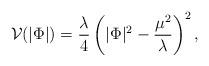
LaTeX: \begin{align*}{\cal V}(|\Phi|)={\lambda\over 4}\left(|\Phi |^2 - {\mu^2\over\lambda}\right)^2 ,\end{align*}